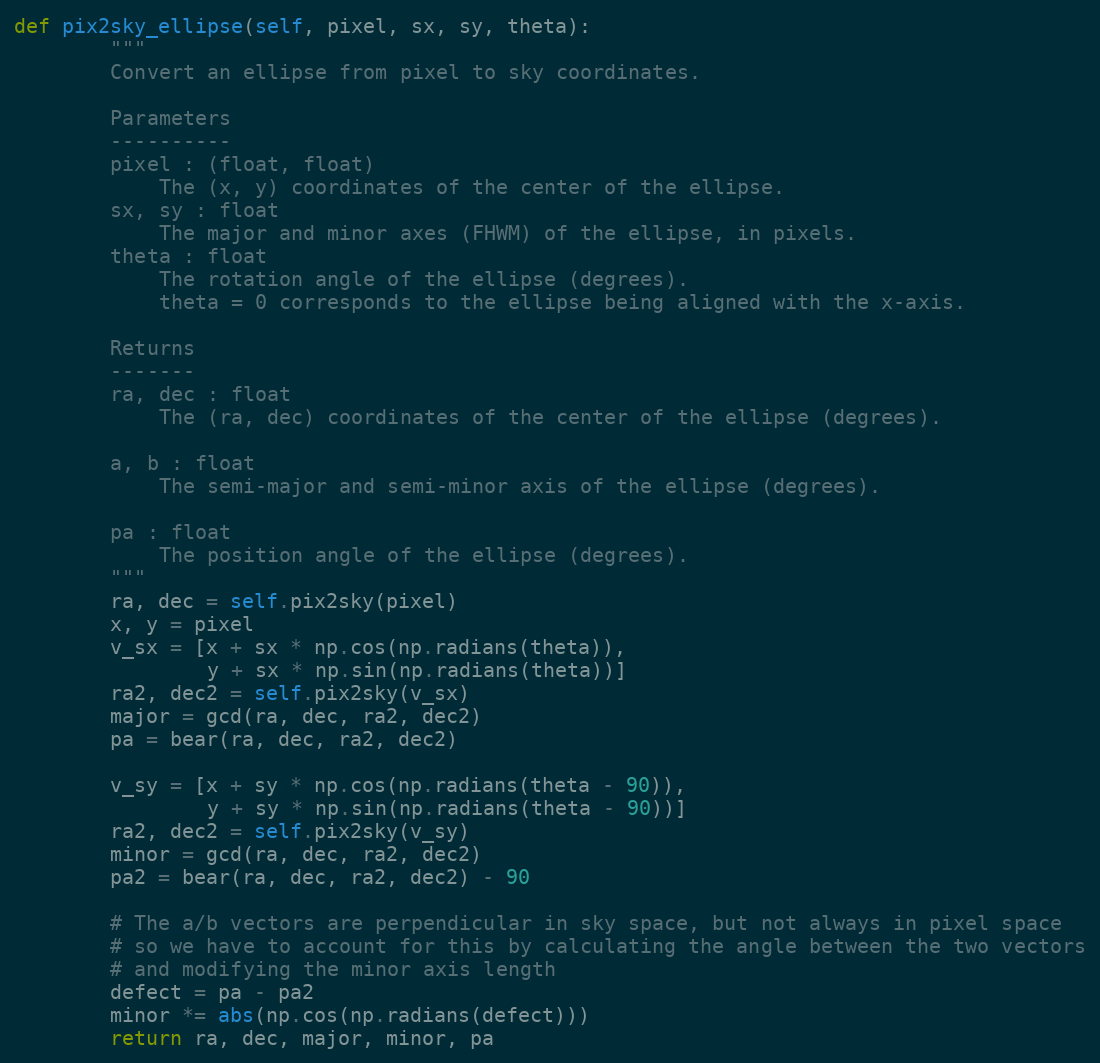
Language: Python
def pix2sky_ellipse(self, pixel, sx, sy, theta):
        """
        Convert an ellipse from pixel to sky coordinates.

        Parameters
        ----------
        pixel : (float, float)
            The (x, y) coordinates of the center of the ellipse.
        sx, sy : float
            The major and minor axes (FHWM) of the ellipse, in pixels.
        theta : float
            The rotation angle of the ellipse (degrees).
            theta = 0 corresponds to the ellipse being aligned with the x-axis.

        Returns
        -------
        ra, dec : float
            The (ra, dec) coordinates of the center of the ellipse (degrees).

        a, b : float
            The semi-major and semi-minor axis of the ellipse (degrees).

        pa : float
            The position angle of the ellipse (degrees).
        """
        ra, dec = self.pix2sky(pixel)
        x, y = pixel
        v_sx = [x + sx * np.cos(np.radians(theta)),
                y + sx * np.sin(np.radians(theta))]
        ra2, dec2 = self.pix2sky(v_sx)
        major = gcd(ra, dec, ra2, dec2)
        pa = bear(ra, dec, ra2, dec2)

        v_sy = [x + sy * np.cos(np.radians(theta - 90)),
                y + sy * np.sin(np.radians(theta - 90))]
        ra2, dec2 = self.pix2sky(v_sy)
        minor = gcd(ra, dec, ra2, dec2)
        pa2 = bear(ra, dec, ra2, dec2) - 90

        # The a/b vectors are perpendicular in sky space, but not always in pixel space
        # so we have to account for this by calculating the angle between the two vectors
        # and modifying the minor axis length
        defect = pa - pa2
        minor *= abs(np.cos(np.radians(defect)))
        return ra, dec, major, minor, pa